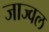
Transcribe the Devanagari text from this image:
जाज्वल